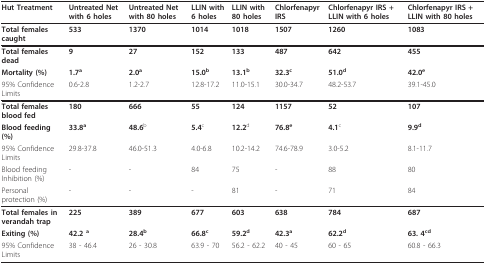
<table><thead><tr><td><b>Hut Treatment</b></td><td><b>Untreated Net with 6 holes</b></td><td><b>Untreated Net with 80 holes</b></td><td><b>LLIN with 6 holes</b></td><td><b>LLIN with 80 holes</b></td><td><b>Chlorfenapyr IRS</b></td><td><b>Chlorfenapyr IRS + LLIN with 6 holes</b></td><td><b>Chlorfenapyr IRS + LLIN with 80 holes</b></td></tr></thead><tbody><tr><td><b>Total females caught</b></td><td><b>533</b></td><td><b>1370</b></td><td><b>1014</b></td><td><b>1018</b></td><td><b>1507</b></td><td><b>1260</b></td><td><b>1083</b></td></tr><tr><td><b>Total females dead</b></td><td><b>9</b></td><td><b>27</b></td><td><b>152</b></td><td><b>133</b></td><td><b>487</b></td><td><b>642</b></td><td><b>455</b></td></tr><tr><td><b>Mortality (%)</b></td><td><b>1.7<sup>a</sup></b></td><td><b>2.0<sup>a</sup></b></td><td><b>15.0<sup>b</sup></b></td><td><b>13.1<sup>b</sup></b></td><td><b>32.3<sup>c</sup></b></td><td><b>51.0<sup>d</sup></b></td><td><b>42.0<sup>e</sup></b></td></tr><tr><td>95% Confidence Limits</td><td>0.6-2.8</td><td>1.2-2.7</td><td>12.8-17.2</td><td>11.0-15.1</td><td>30.0-34.7</td><td>48.2-53.7</td><td>39.1-45.0</td></tr><tr><td><b>Total females blood fed</b></td><td><b>180</b></td><td><b>666</b></td><td><b>55</b></td><td><b>124</b></td><td><b>1157</b></td><td><b>52</b></td><td><b>107</b></td></tr><tr><td><b>Blood feeding (%)</b></td><td><b>33.8<sup>a</sup></b></td><td><b>48.6</b><sup>b</sup></td><td><b>5.4</b><sup>c</sup></td><td><b>12.2</b><sup>d</sup></td><td><b>76.8<sup>e</sup></b></td><td><b>4.1</b><sup>c</sup></td><td><b>9.9<sup>d</sup></b></td></tr><tr><td>95% Confidence Limits</td><td>29.8-37.8</td><td>46.0-51.3</td><td>4.0-6.8</td><td>10.2-14.2</td><td>74.6-78.9</td><td>3.0-5.2</td><td>8.1-11.7</td></tr><tr><td>Blood feeding Inhibition (%)</td><td>-</td><td>-</td><td>84</td><td>75</td><td>-</td><td>88</td><td>80</td></tr><tr><td>Personal protection (%)</td><td>-</td><td>-</td><td>-</td><td>81</td><td>-</td><td>71</td><td>84</td></tr><tr><td><b>Total females in verandah trap</b></td><td><b>225</b></td><td><b>389</b></td><td><b>677</b></td><td><b>603</b></td><td><b>638</b></td><td><b>784</b></td><td><b>687</b></td></tr><tr><td><b>Exiting (%)</b></td><td><b>42.2 <sup>a</sup></b></td><td><b>28.4<sup>b</sup></b></td><td><b>66.8<sup>c</sup></b></td><td><b>59.2<sup>d</sup></b></td><td><b>42.3<sup>a</sup></b></td><td><b>62.2<sup>d</sup></b></td><td><b>63. 4<sup>cd</sup></b></td></tr><tr><td>95% Confidence Limits</td><td>38 - 46.4</td><td>26 - 30.8</td><td>63.9 - 70</td><td>56.2 - 62.2</td><td>40 - 45</td><td>60 - 65</td><td>60.8 - 66.3</td></tr></tbody></table>